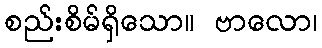
စည်းစိမ်ရှိသော။ ဗာလော၊